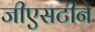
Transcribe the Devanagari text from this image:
जीएसटीने